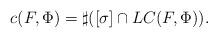
LaTeX: \begin{align*}c(F,\Phi) =\sharp ([\sigma] \cap LC(F,\Phi)).\end{align*}